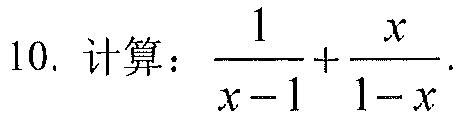
10. 计算：\(\frac{1}{x - 1}+\frac{x}{1 - x}\).